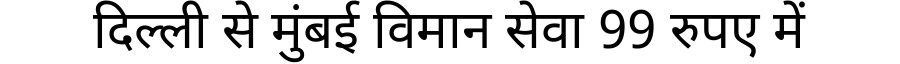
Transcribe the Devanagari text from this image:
दिल्ली से मुंबई विमान सेवा 99 रुपए में